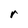
Character: r